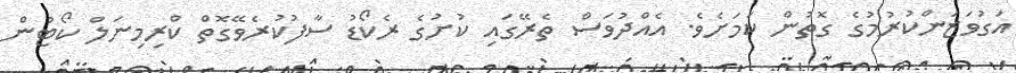
އަގުވަޒަންކުރުމުގެ ގޮތުން ކަމަށެވެ. އެއްދުވަސް ތެރޭގައި ކުށުގެ ރެކޯޑު ސާފުކުރެވޭގޮތް ކްރިމިނަލް ކޯޓުން